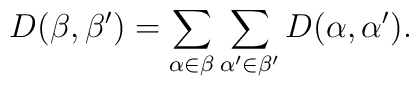
D(\beta,\beta')=\sum_{\alpha\in\beta}\sum_{\alpha '\in\beta'}D(\alpha,\alpha ').